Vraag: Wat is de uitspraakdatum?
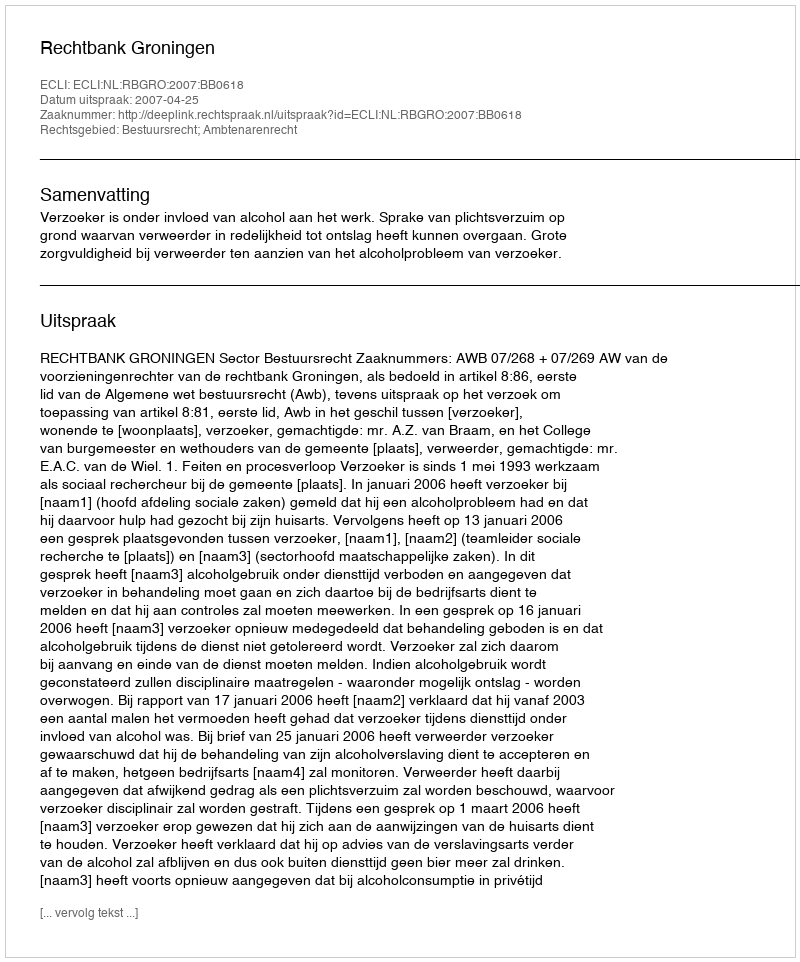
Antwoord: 2007-04-25